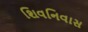
શિવનિવાસ